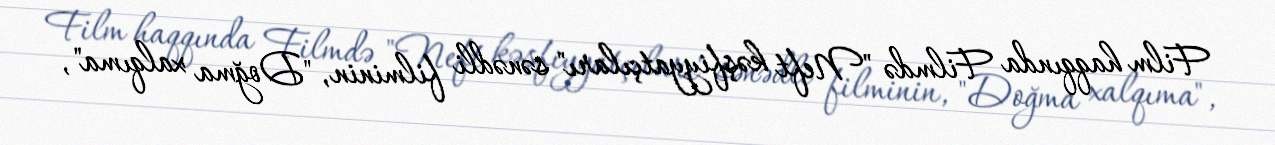
Film haqqında Filmdə "Neft kəşfiyyatçıları" sənədli filminin, "Doğma xalqıma",